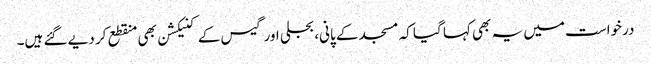
درخواست میں یہ بھی کہا گیا کہ مسجد کے پانی، بجلی اور گیس کے کنیکشن بھی منقطع کر دیے گئے ہیں۔